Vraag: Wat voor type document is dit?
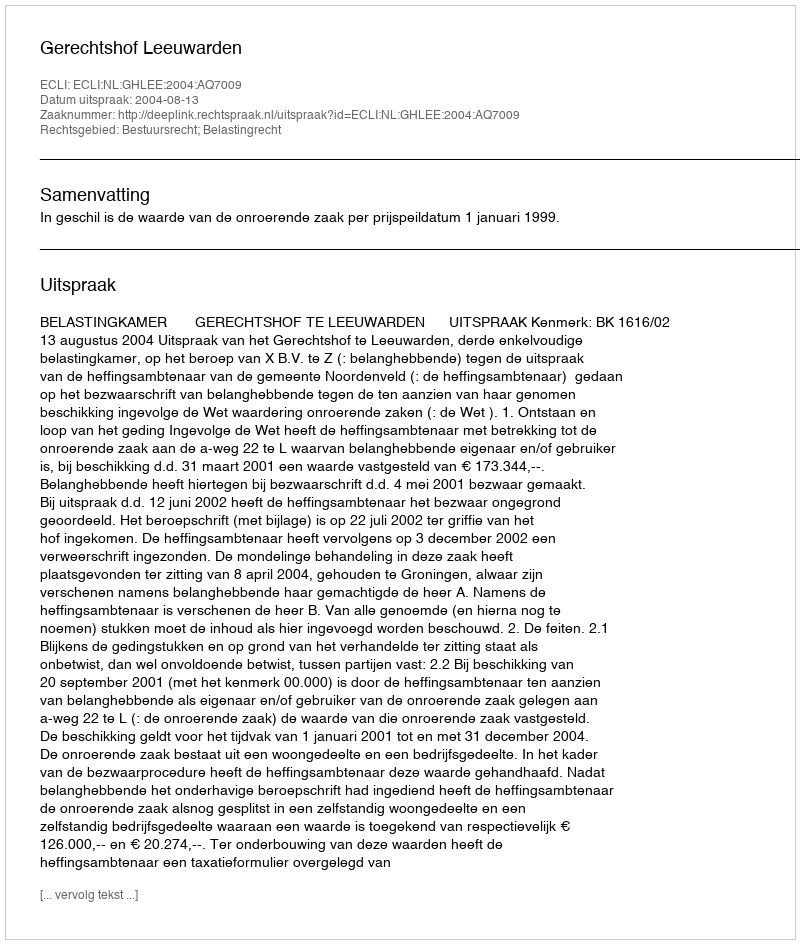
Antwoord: Uitspraak